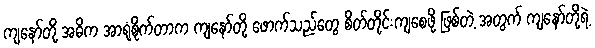
ကျနော်တို့ အဓိက အာရုံစိုက်တာက ကျနော်တို့ ဖောက်သည်တွေ စိတ်တိုင်းကျစေဖို့ ဖြစ်တဲ့ အတွက် ကျနော်တို့ရဲ့